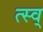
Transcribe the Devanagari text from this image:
त्स्व्